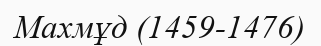
Махмұд (1459-1476)